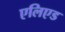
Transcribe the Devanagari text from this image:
एलिएड